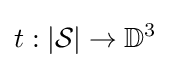
t:|{\mathcal {S}}|\rightarrow \mathbb {D} ^{3}